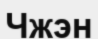
Чжэн